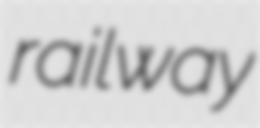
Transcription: railway